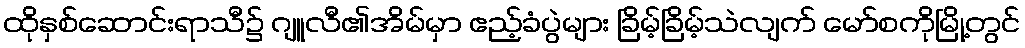
ထိုနှစ်ဆောင်းရာသီ၌ ဂျူလီ၏အိမ်မှာ ဧည့်ခံပွဲများ ခြိမ့်ခြိမ့်သဲလျက် မော်စကိုမြို့တွင်